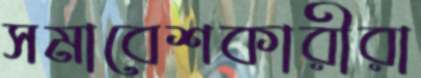
সমাবেশকারীরা